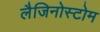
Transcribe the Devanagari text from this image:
लैजिनोस्टोम